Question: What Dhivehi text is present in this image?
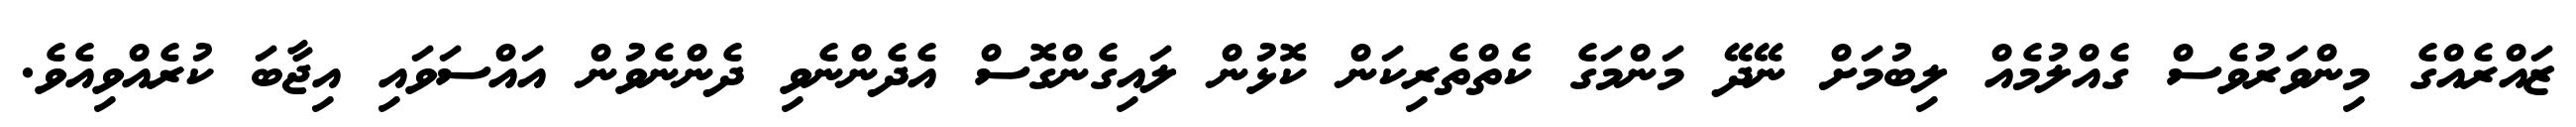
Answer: ޒައްރެއްގެ މިންވަރުވެސް ގެއްލުމެއް ލިބުމަށް ނޭދޭ މަންމަގެ ކެތްތެރިކަން ކޮޅުން ލައިގެންގޮސް އެދެންނެވި ދެންނެވުން އައްސަވައި އިޖާބަ ކުރެއްވިއެވެ.